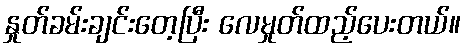
နှုတ်ခမ်းချင်းတေ့ပြီး လေမှုတ်ထည့်ပေးတယ်။